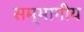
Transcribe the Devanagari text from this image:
सम्भागीय